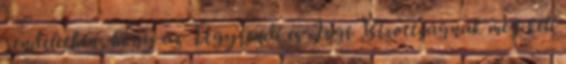
rendeletben, hogy az Ügyrendi és Jogi Bizottságnak meg kell